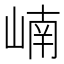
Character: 𪩂